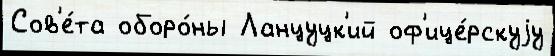
Сов'е́та оборо́ны Ланцуцк'ий оф'ице́рскуjу